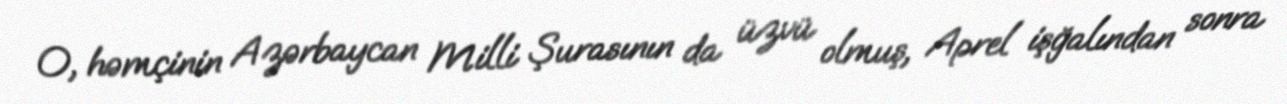
O, həmçinin Azərbaycan Milli Şurasının da üzvü olmuş, Aprel işğalından sonra